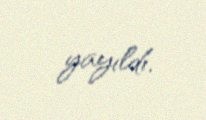
yayıldı.